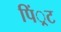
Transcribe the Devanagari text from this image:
पिं्रट